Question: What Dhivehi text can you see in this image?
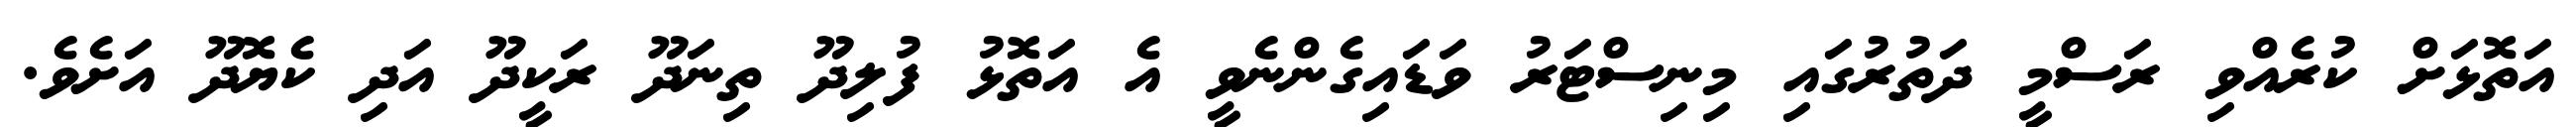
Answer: އަތޮޅަށް ކުރެއްވި ރަސްމީ ދަތުރުގައި މިނިސްޓަރު ވަޑައިގެންނެވީ އެ އަތޮޅު ފުލިދޫ ތިނަދޫ ރަކީދޫ އަދި ކެޔޮދޫ އަށެވެ.